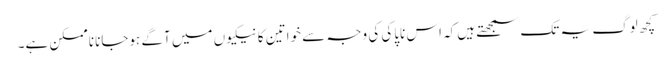
کچھ لوگ یہ تک سمجھتے ہیں‌کہ اس ناپاکی کی وجہ سے خواتین کا نیکیوں‌ میں‌ آگے ہوجانا ناممکن ہے۔